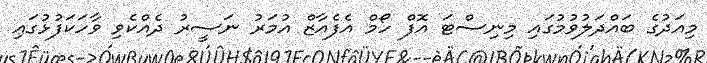
މިއަދުގެ ބައްދަލުވުމުގައި މިނިސްޓަ އޮފް ހޯމް އެފެއާޒް އުމަރު ނަސީރު ދެއްކެވި ވާހަކަފުޅުގައި